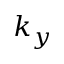
k _ { y }